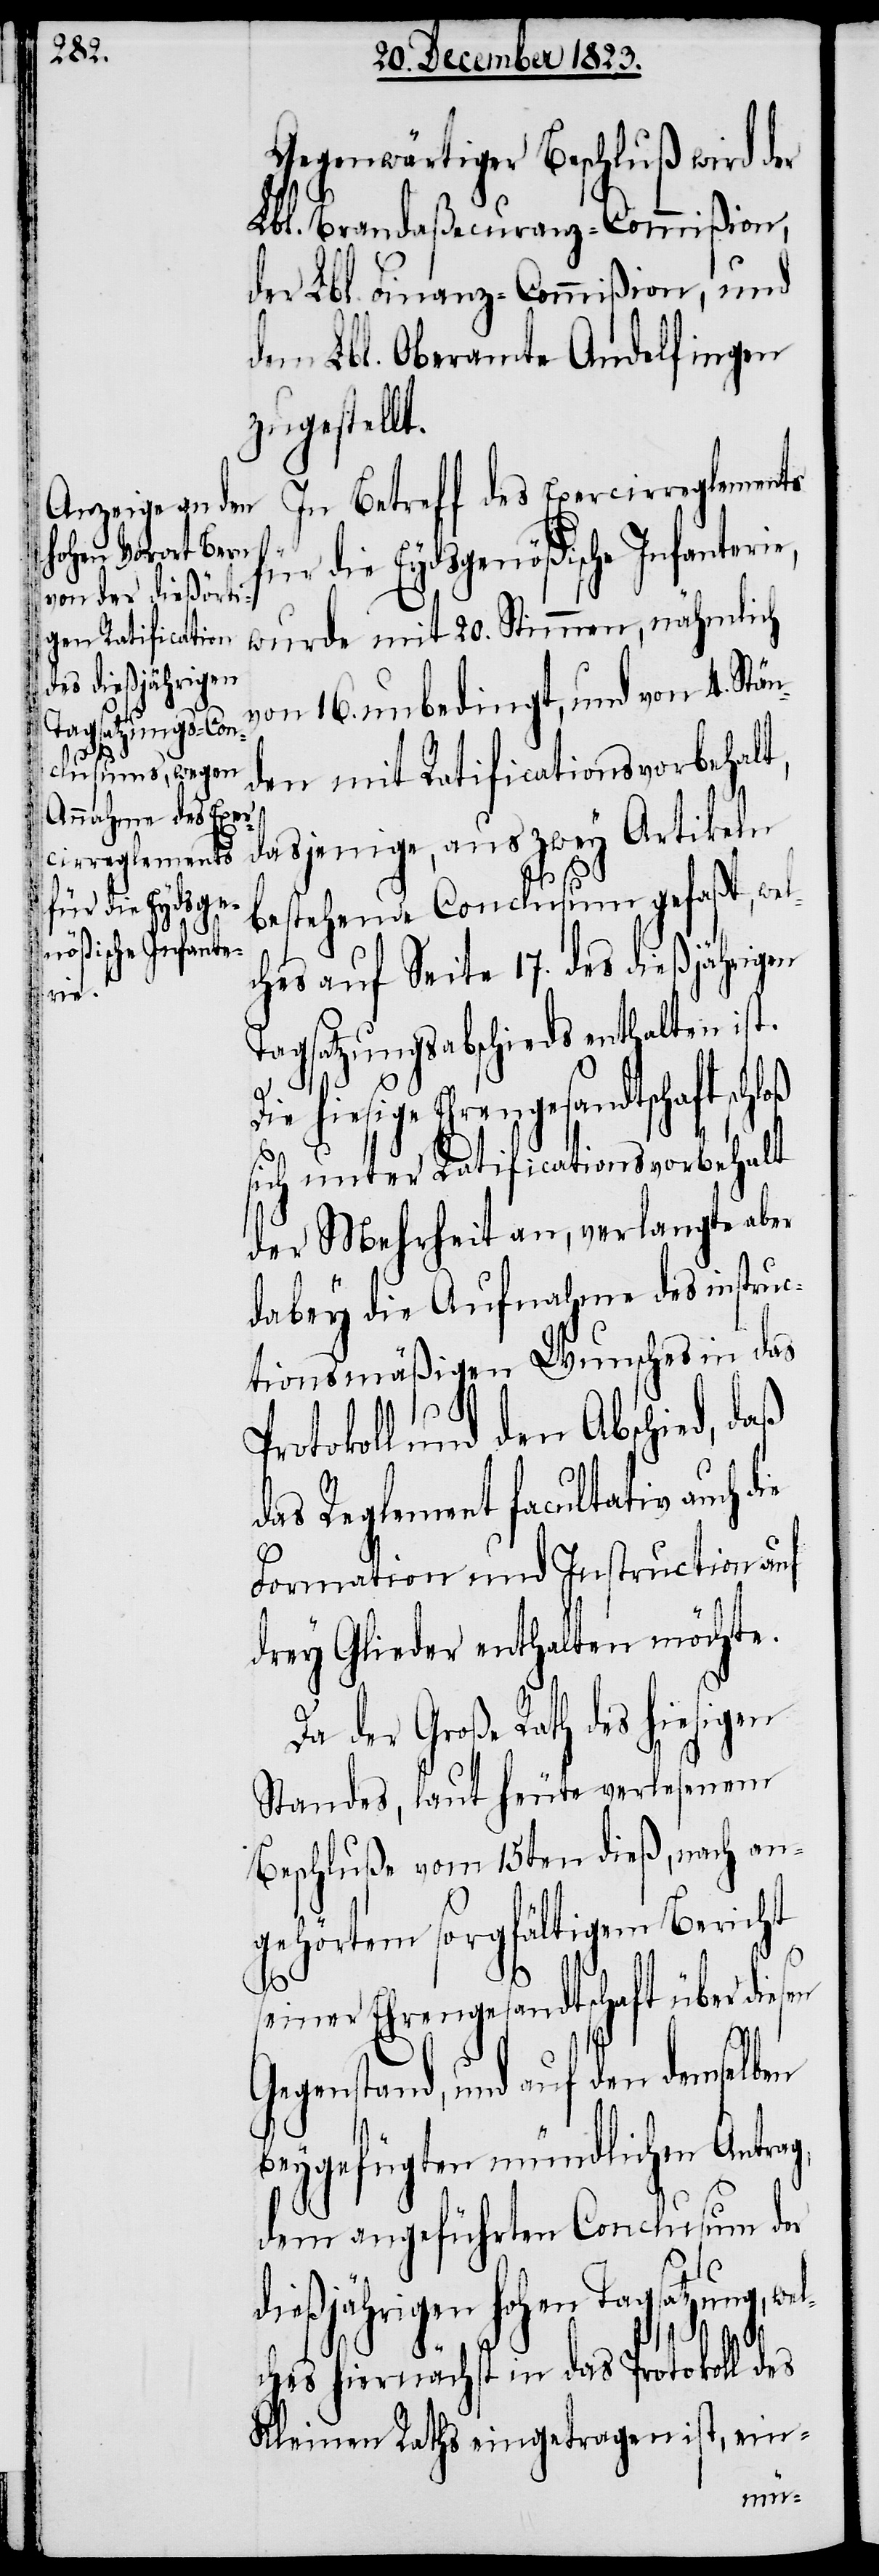
Gegenwärtiger Beschluß wird der
Lbl. Brandaßecuranz-Commißion,
der Lbl. Finanz-Commißion, und
dem Lbl. Oberamte Andelfingen
zugestellt.
In Betreff des Exercirreglements
für die Eydsgenößische Infante¬
des hiesigen
von 16. unbedingt, und von 4. Stä¬
nden mit Ratificationsvorbehalt,
dasjenige, aus zwey Artikeln
bestehende Conclusum gefaßt, we¬
ches auf Seite 17. des dießjährigen
Tagsatzungsabschieds enthalten ist.
hiesige Ehrengesandtschaft
sich unter Ratificationsvorbehalt
der Mehrheit an, verlangte aber
sen
dabey die Aufnahme des instru¬
ctionsmäßigen Wunsches in das
Protokoll und den Abschied, daß
das Reglement facultativ auch d¬
Formation und Instruction auf
drey Glieder enthalten möchte.
Standes, laut heute verlesenem
Beschluße vom 15ten dieß, nach an¬
gehörtem sorgfältigem Bericht
seiner Ehrengesandtschaft über die¬
Gegenstand, und auf den demselben
beygefügten mündlichen Antrag,
dem angeführten Conclusum der
dießjährigen hohen Tagsatzung, we¬
lches hiernächst in das Protokoll des
Kleinen Raths eingetragen ist, ein-